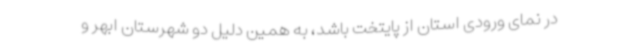
در نمای ورودی استان از پایتخت باشد، به همین دلیل دو شهرستان ابهر و